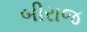
બીરાજ